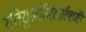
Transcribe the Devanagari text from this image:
रतिसुखाभिलाषिणी